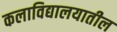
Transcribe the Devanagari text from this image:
कलाविद्यालयातील